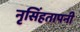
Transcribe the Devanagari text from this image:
नृसिंहतापनी